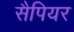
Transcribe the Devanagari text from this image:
सैपियर